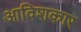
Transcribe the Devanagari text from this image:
आविशकार